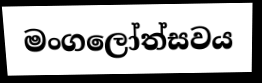
මංගලෝත්සවය